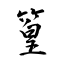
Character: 篁